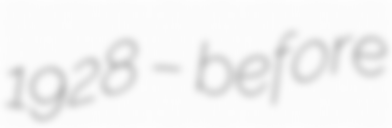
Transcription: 1928 – before